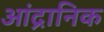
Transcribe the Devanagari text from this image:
आंद्रानिक